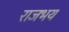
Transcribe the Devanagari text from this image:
राजभय